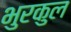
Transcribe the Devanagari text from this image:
भुरकुल